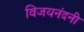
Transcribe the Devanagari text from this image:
विजयनंदनी